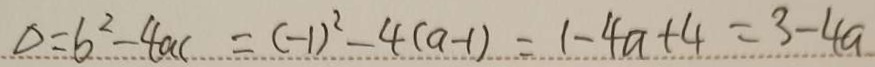
\Delta = b ^ { 2 } - 4 a c = ( - 1 ) ^ { 2 } - 4 ( a - 1 ) = 1 - 4 a + 4 = 3 - 4 a